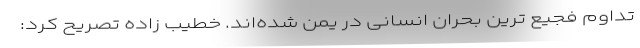
تداوم فجیع ترین بحران انسانی در یمن شده‌اند. خطیب زاده تصریح کرد: